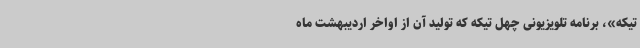
تیکه»، برنامه تلویزیونی چهل تیکه که تولید آن از اواخر اردیبهشت ماه